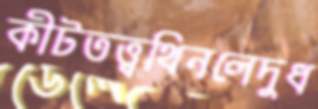
কীটতত্ত্বথিনলেদুধ